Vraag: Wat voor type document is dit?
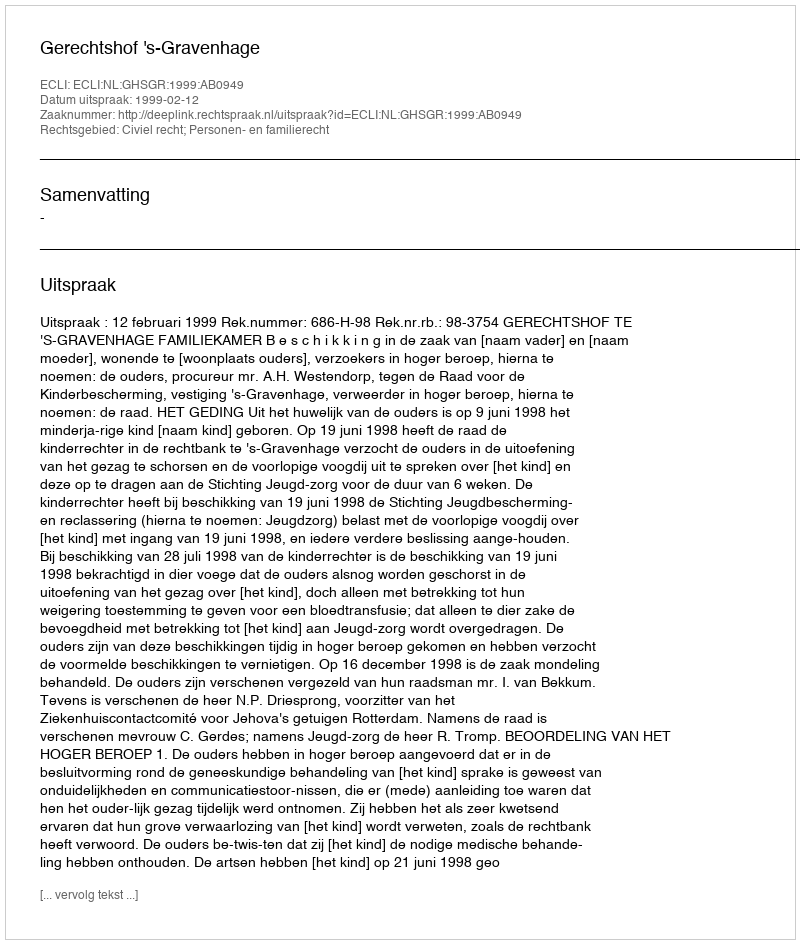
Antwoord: Uitspraak